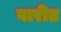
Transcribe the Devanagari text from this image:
बारीत